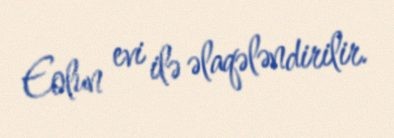
Eolun evi ilə əlaqələndirilir.